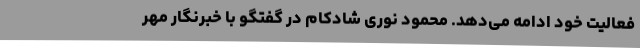
فعالیت خود ادامه می‌دهد. محمود نوری شادکام در گفتگو با خبرنگار مهر